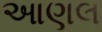
આણલ